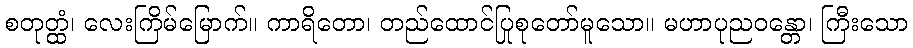
စတုတ္ထံ၊ လေးကြိမ်မြောက်။ ကာရိတော၊ တည်ထောင်ပြုစုတော်မူသော။ မဟာပုညဝန္တော၊ ကြီးသော